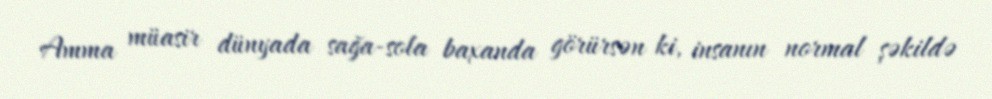
Amma müasir dünyada sağa-sola baxanda görürsən ki, insanın normal şəkildə